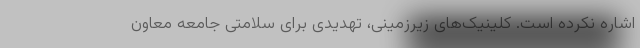
اشاره نکرده است. کلینیک‌های زیرزمینی، تهدیدی برای سلامتی جامعه معاون